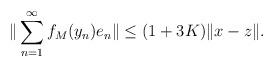
LaTeX: \begin{align*} \|\sum_{n=1}^\infty f_M(y_n)e_n\| \le (1+3K)\|x-z\|. \end{align*}